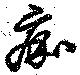
痂